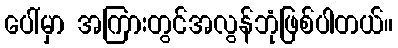
ပေါ်မှာ အကြားတွင်အလွန်ဘုံဖြစ်ပါတယ်။